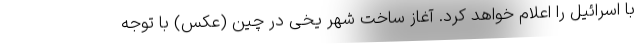
با اسرائیل را اعلام خواهد کرد. آغاز ساخت شهر یخی در چین (عکس) با توجه